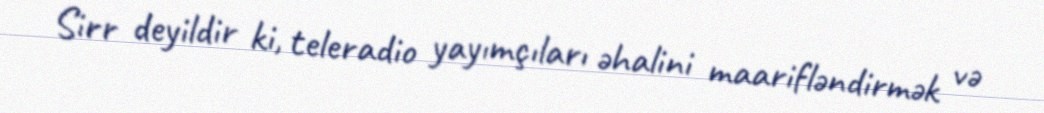
Sirr deyildir ki, teleradio yayımçıları əhalini maarifləndirmək və